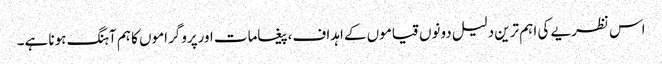
اس نظریے کی اہم ترین دلیل دونوں قیاموں کے اہداف،پیغامات اورپروگراموں کا ہم آہنگ ہونا ہے۔